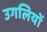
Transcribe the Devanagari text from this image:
उगलियों